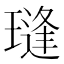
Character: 㻱